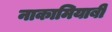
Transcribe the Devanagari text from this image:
नाकामियाबी